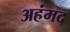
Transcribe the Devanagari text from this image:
अहंमद